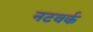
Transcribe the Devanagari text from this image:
नटवर्क